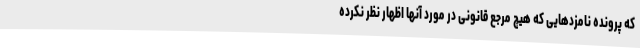
که پرونده نامزدهایی که هیچ مرجع قانونی در مورد آنها اظهار نظر نکرده